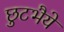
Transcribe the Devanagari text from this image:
छुटभैये